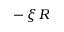
- \, \xi \, R